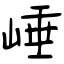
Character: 崜